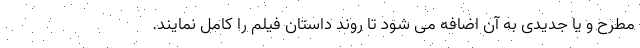
مطرح و یا جدیدی به آن اضافه می شود تا روند داستان فیلم را کامل نمایند.